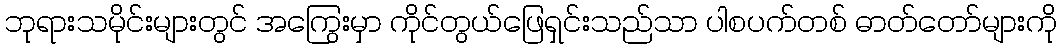
ဘုရားသမိုင်းများတွင် အကြွေးမှာ ကိုင်တွယ်ဖြေရှင်းသည်သာ ပါစပက်တစ် ဓာတ်တော်များကို